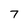
Character: 7